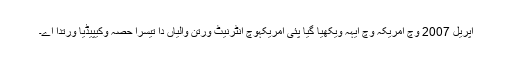
اپریل 2007 وچ امریکہ وچ ایہہ ویکھیا گیا پئی امریکہوچ انٹرنیٹ ورتن والیاں دا تیسرا حصہ وکیپیڈیا ورتدا اے۔